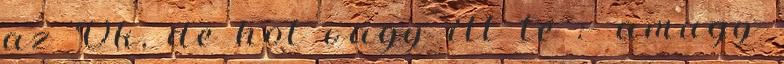
az Ok, de hol vagy itt te :- amugy